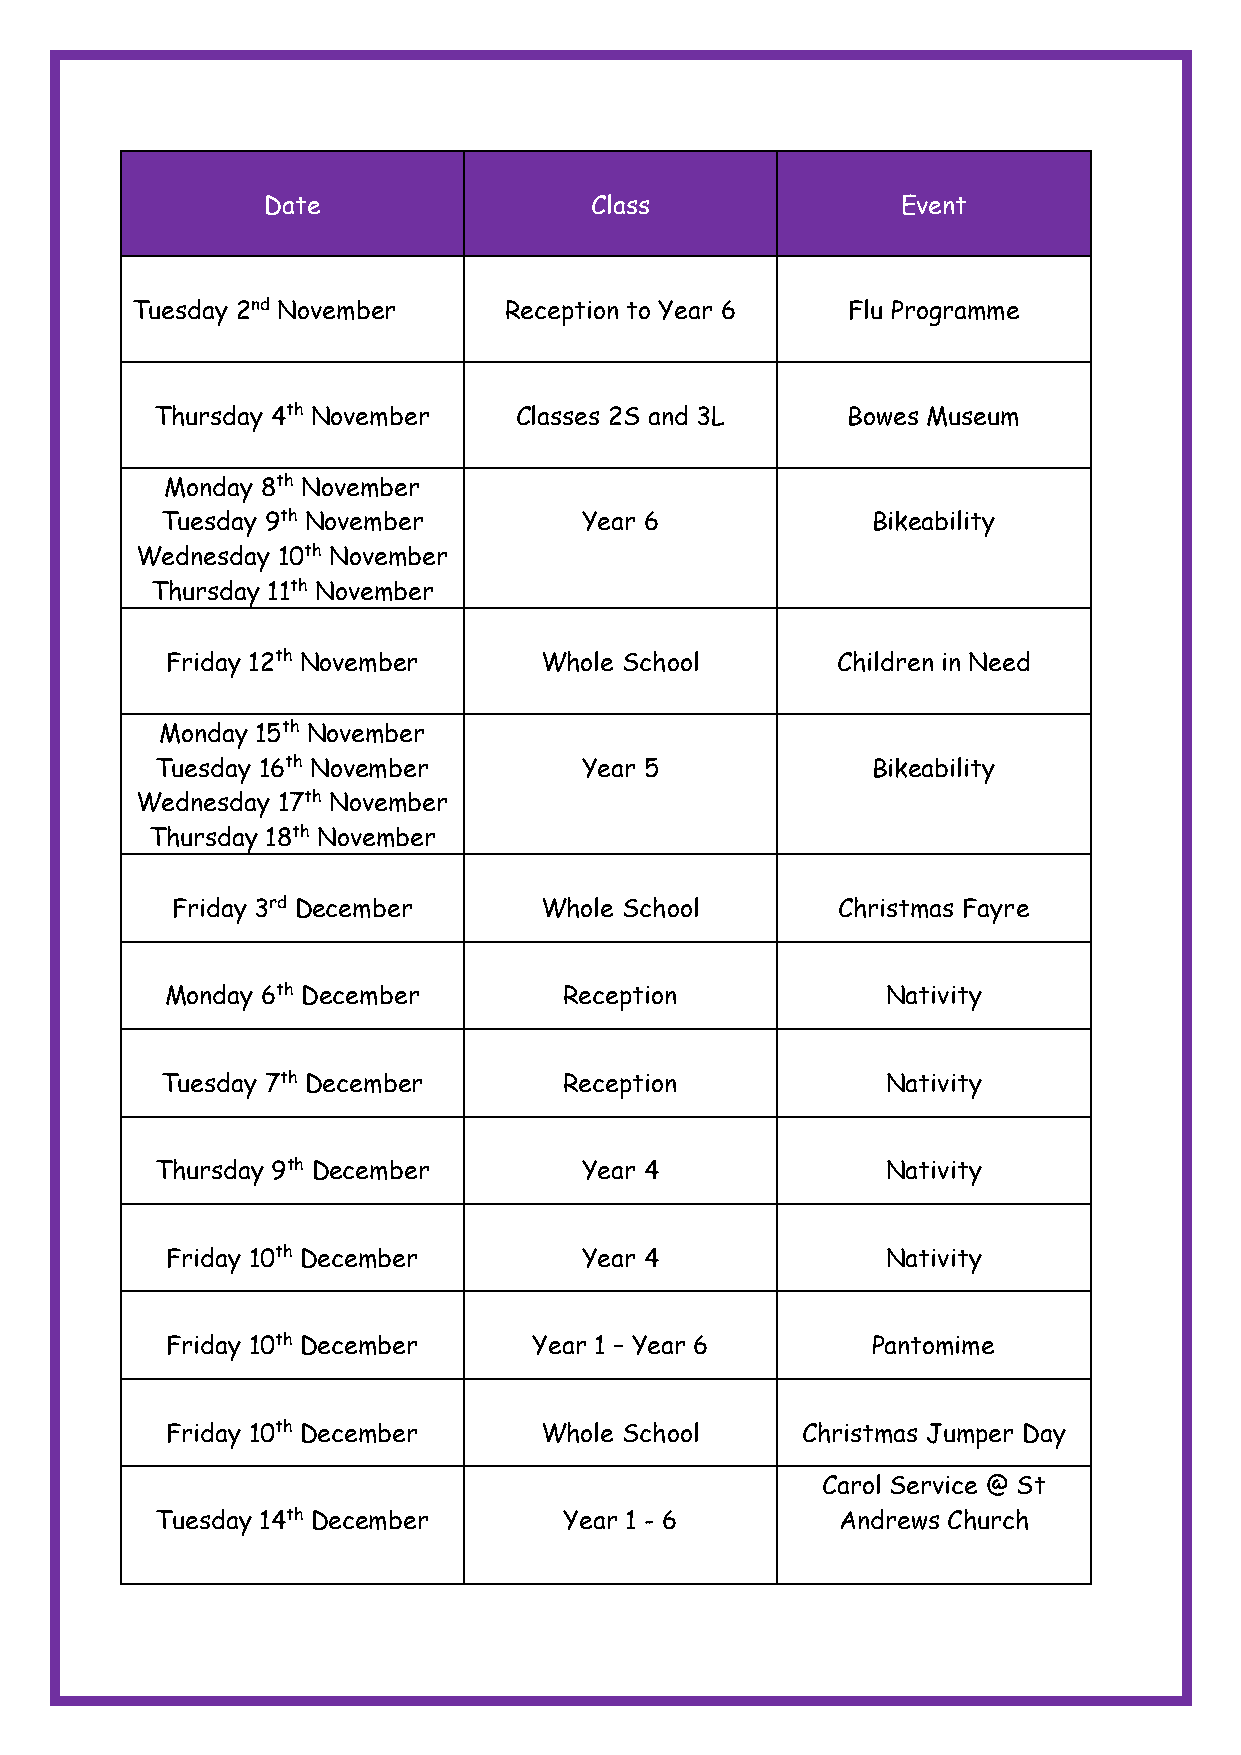
Date                  Class                Event
 Tuesday 2nd November    Reception to Year 6    Flu Programme
 Thursday 4th November   Classes 2S and 3L     Bowes Museum
 Monday 8th November
 Tuesday 9th November        Year 6             Bikeability
 Wednesday 10th November
 Thursday 11th November
 Friday 12th November     Whole School       Children in Need
 Monday 15th November
 Tuesday 16th November        Year 5             Bikeability
 Wednesday 17th November
 Thursday 18th November
 Friday 3rd December      Whole School       Christmas Fayre
 Monday 6th December       Reception             Nativity
 Tuesday 7th December      Reception             Nativity
 Thursday 9th December        Year 4              Nativity
 Friday 10th December        Year 4              Nativity
 Friday 10th December    Year 1 – Year 6        Pantomime
 Friday 10th December     Whole School     Christmas Jumper Day
 Carol Service @ St
 Tuesday 14th December      Year 1 - 6        Andrews Church